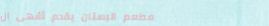
مطعم البستان يقدم أشهى ال